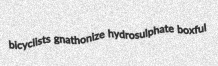
bicyclists gnathonize hydrosulphate boxful